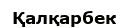
Қалқарбек